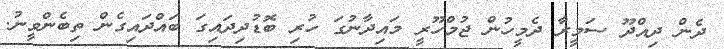
ދެެން ދިއްދޫ ސަމީރާ ދެމީހުން ޖުމްހޫރީ މައިދާނުގަ ހުރި ބޮޑުދިދައިގަ ބައްދައިގެން ތިބެންވީނު.